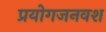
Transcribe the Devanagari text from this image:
प्रयोगजनवश